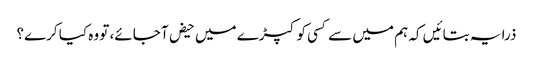
ذرا یہ بتا‎ئیں کہ ہم میں سے کسی کو کپڑے میں حیض آ جائے، تو وہ کیا کرے؟